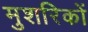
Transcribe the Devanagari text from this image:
मुशरिकों